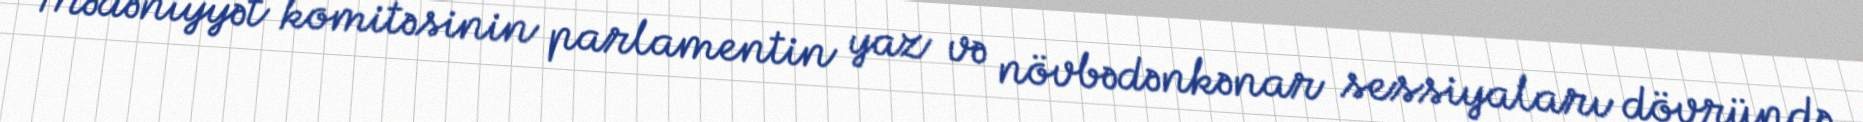
Mədəniyyət komitəsinin parlamentin yaz və növbədənkənar sessiyaları dövründə